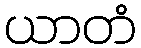
ယာတံ